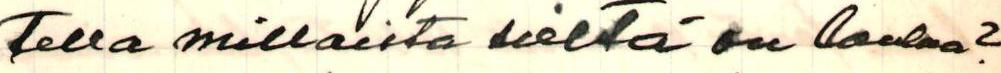
tella millaista sieltä on laulaa?